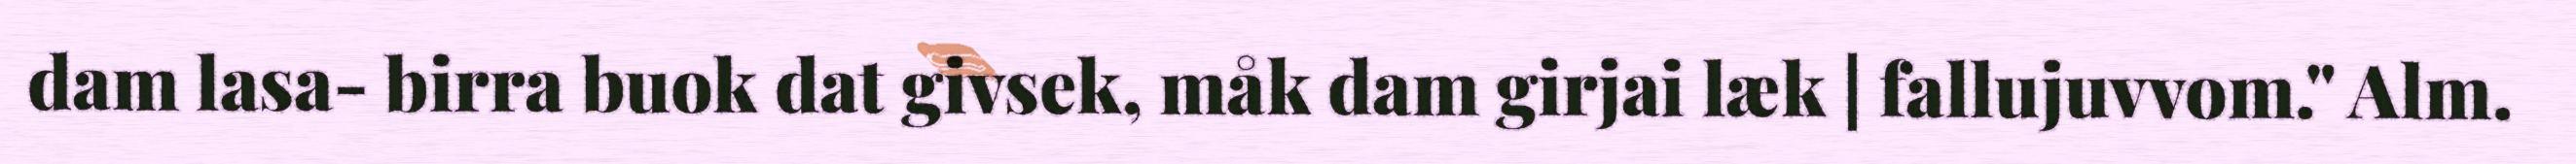
dam lasa- birra buok dat givsek, måk dam girjai læk | fallujuvvom." Alm.